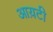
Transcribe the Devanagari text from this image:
आय़टी